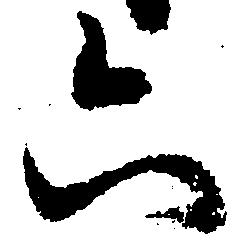
六